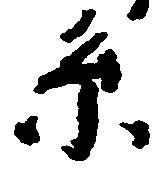
系